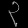
Digit: ၃